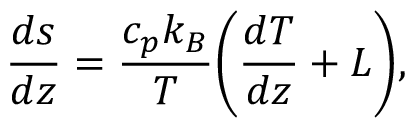
{ \frac { d s } { d z } } = { \frac { c _ { p } k _ { B } } { T } } \bigg ( { \frac { d T } { d z } } + L \bigg ) ,